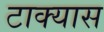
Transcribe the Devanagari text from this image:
टाक्यास